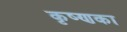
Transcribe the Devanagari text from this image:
कृष्णका